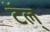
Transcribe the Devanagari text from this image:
टॅल्